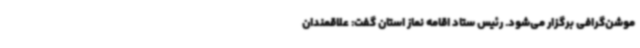
موشن‌گرافی برگزار می‌شود. رئیس ستاد اقامه نماز استان گفت: علاقمندان